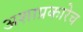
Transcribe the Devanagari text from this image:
अशाप्रकारेच